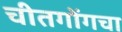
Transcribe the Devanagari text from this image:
चीतगोंगचा